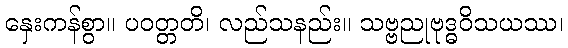
နှေးကန်စွာ။ ပဝတ္တတိ၊ လည်သနည်း။ သဗ္ဗညုဗုဒ္ဓဝိသယဿ၊